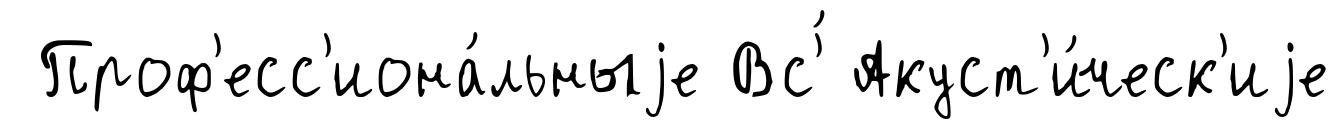
Проф'есс'иона́льныjе Вс'́ Акуст'и́ческ'иjе